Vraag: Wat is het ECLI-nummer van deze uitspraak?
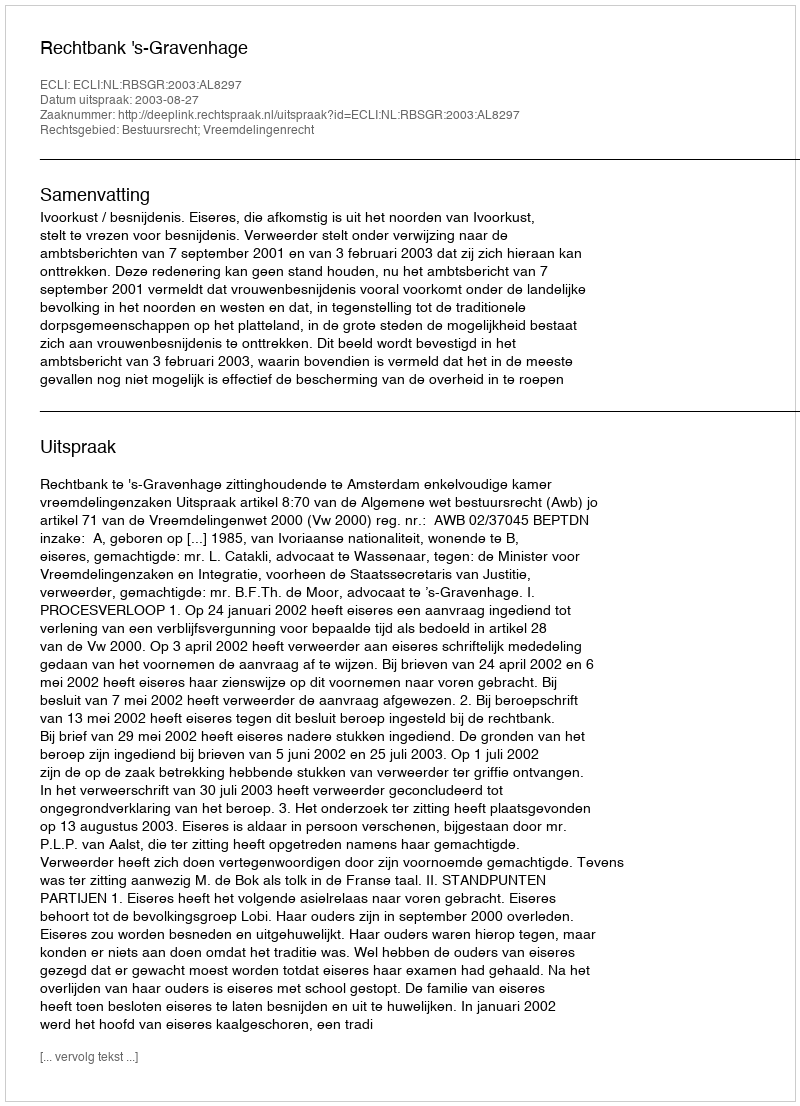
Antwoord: ECLI:NL:RBSGR:2003:AL8297